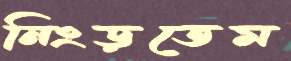
নিংড়তেম